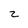
Character: 2